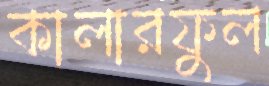
কালারফুল